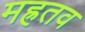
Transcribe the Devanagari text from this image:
मह्रतव